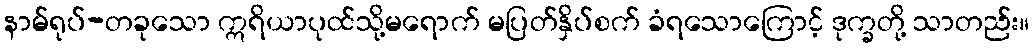
နာမ်ရုပ်-တခုသော ဣရိယာပုထ်သို့မရောက် မပြတ်နှိပ်စက် ခံရသောကြောင့် ဒုက္ခတို့ သာတည်း။